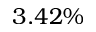
3 . 4 2 \%